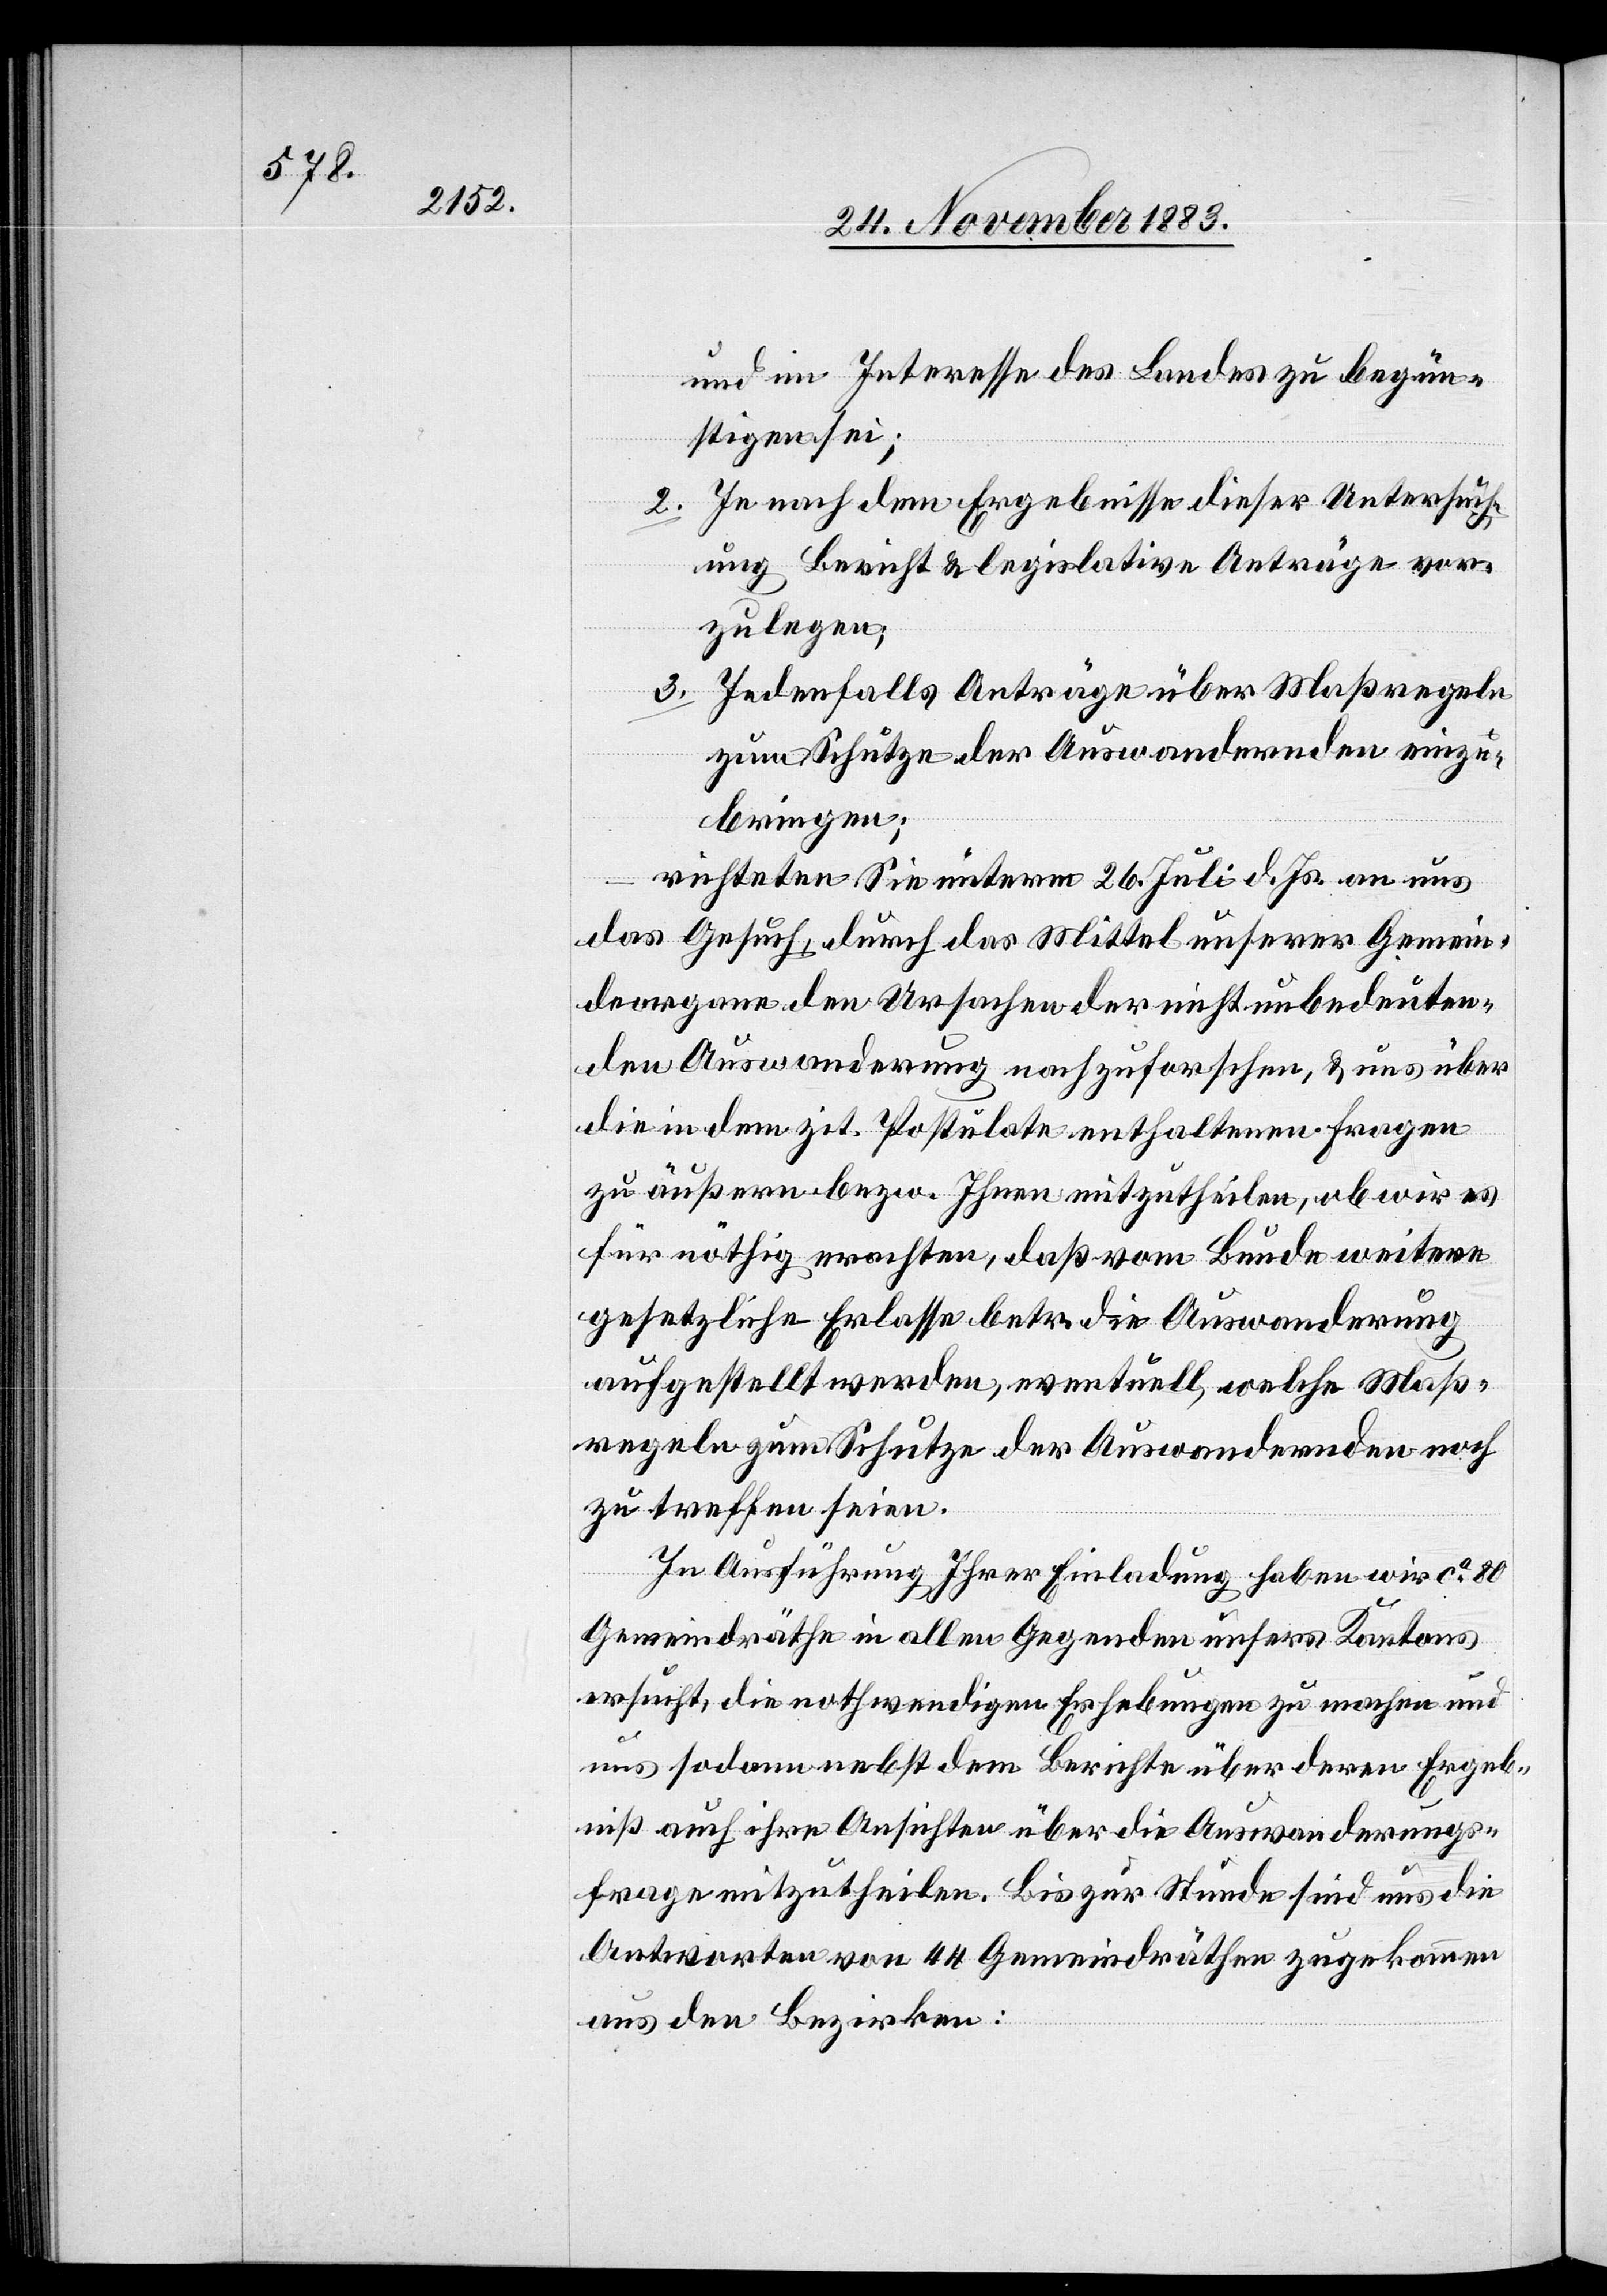
und im Interesse des Landes zu begün¬
stigen sei;
2. Je nach dem Ergebnisse dieser Untersuch¬
ung Bericht & legislative Anträge vor¬
zulegen;
3. Jedenfalls Anträge über Maßregeln
zum Schutze der Auswandernden einzu¬
bringen;
–
richteten Sie unterm 26. Juli d. Js. an uns
das Gesuch, durch das Mittel unserer Gemein¬
deorgane den Ursachen der nicht unbedeuten¬
den Auswanderung nachzuforschen, & uns über
die in dem zit. Postulate enthaltenen Fragen
zu äußern bezw. Ihnen mitzutheilen, ob wir es
für nöthig erachten, daß vom Bunde weitere
gesetzliche Erlasse betr. die Auswanderung
aufgestellt werden, eventuell, welche Maß¬
regeln zum Schutze der Auswandernden noch
zu treffen seien.
In Ausführung Ihrer Einladung haben wir ca 80
Gemeindräthe in allen Gegenden unsers Kantons
ersucht, die nothwendigen Erhebungen zu machen und
uns sodann nebst dem Berichte über deren Ergeb¬
niß auch ihre Ansichten über die Auswanderungs¬
frage mitzutheilen. Bis zur Stunde sind uns die
Antworten von 44 Gemeindräthen zugekommen
aus den Bezirken: